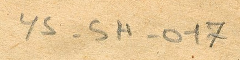
ys-5H-017